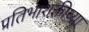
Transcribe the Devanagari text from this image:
प्रतिभाशक्तीच्या